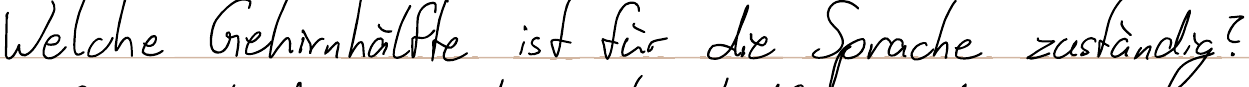
Welche Gehirnhälfte ist für die Sprache zuständig?